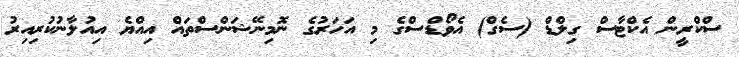
ސްކްރީން އެކްޓާސް ގިލްޑް (ސެގް) އެވޯޑްސްގެ މި އަހަރުގެ ނޮމިނޭޝަންސްތައް އިއްޔެ އިއުލާނުކުރިއިރު